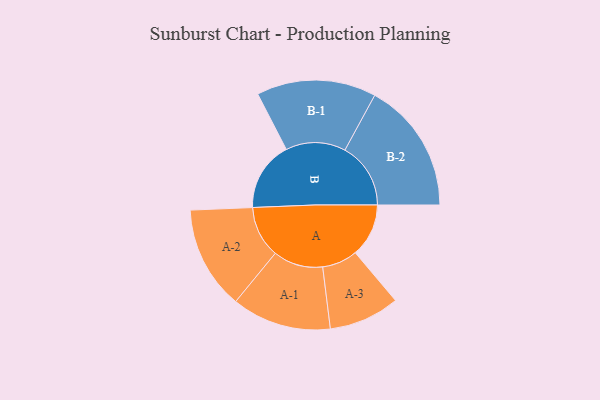
{"axis": {"x": "Segment", "y": "Value"}, "legend": ["", "A", "B"], "data": [{"x": "A", "y": 223, "type": ""}, {"x": "B", "y": 291, "type": ""}, {"x": "A-1", "y": 208, "type": "A"}, {"x": "A-2", "y": 216, "type": "A"}, {"x": "A-3", "y": 148, "type": "A"}, {"x": "B-1", "y": 250, "type": "B"}, {"x": "B-2", "y": 275, "type": "B"}]}